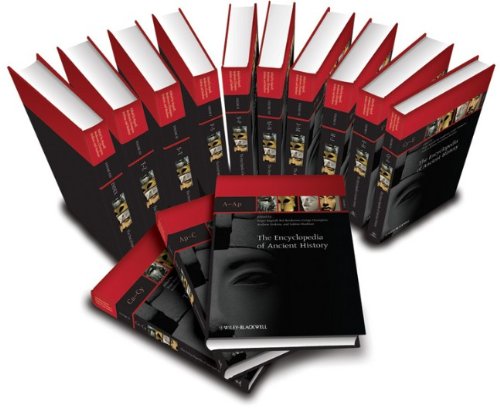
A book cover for The Encyclopedia of Ancient History, 13 Volume Set; Reference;